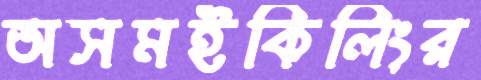
অসমইকিলিংর